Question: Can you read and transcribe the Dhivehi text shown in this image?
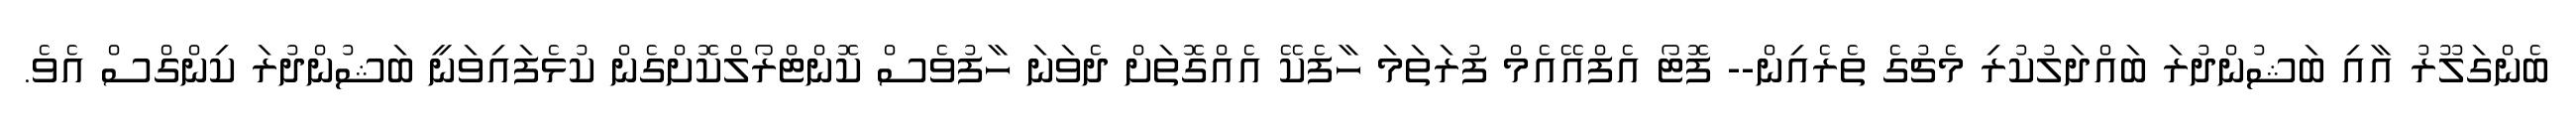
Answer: ބެންގަލޫރު އާއި ބަޝުންދުރަ ބައްދަލުކުރި މެޗުގެ ތެރެއިން-- ފޮޓޯ އެފްއޭއެމް ފުރަތަމަ ހާފެކޭ އެއްގޮތަށް ދެވަނަ ހާފުވެސް ކޮންޓްރޯލްކޮށްގެން ކުޅެފައިވަނީ ބަޝުންދުރަ ކިންގްސް އެވެ.